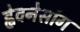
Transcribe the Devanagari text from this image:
ह्वेवनेसांग